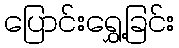
ပြောင်းရွှေ့ခြင်း